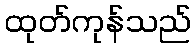
ထုတ်ကုန်သည်